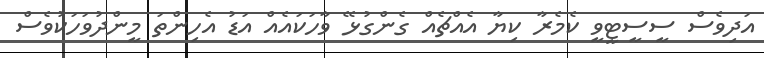
އަދިވެސް ސީސީޓީވީ ކެމެރާ ކިޔާ އެއްޗެއް ގެންގުޅޭ ވާހަކައެއް އަޑު އެހިންތަ މީންދުވަހަކުވެސް